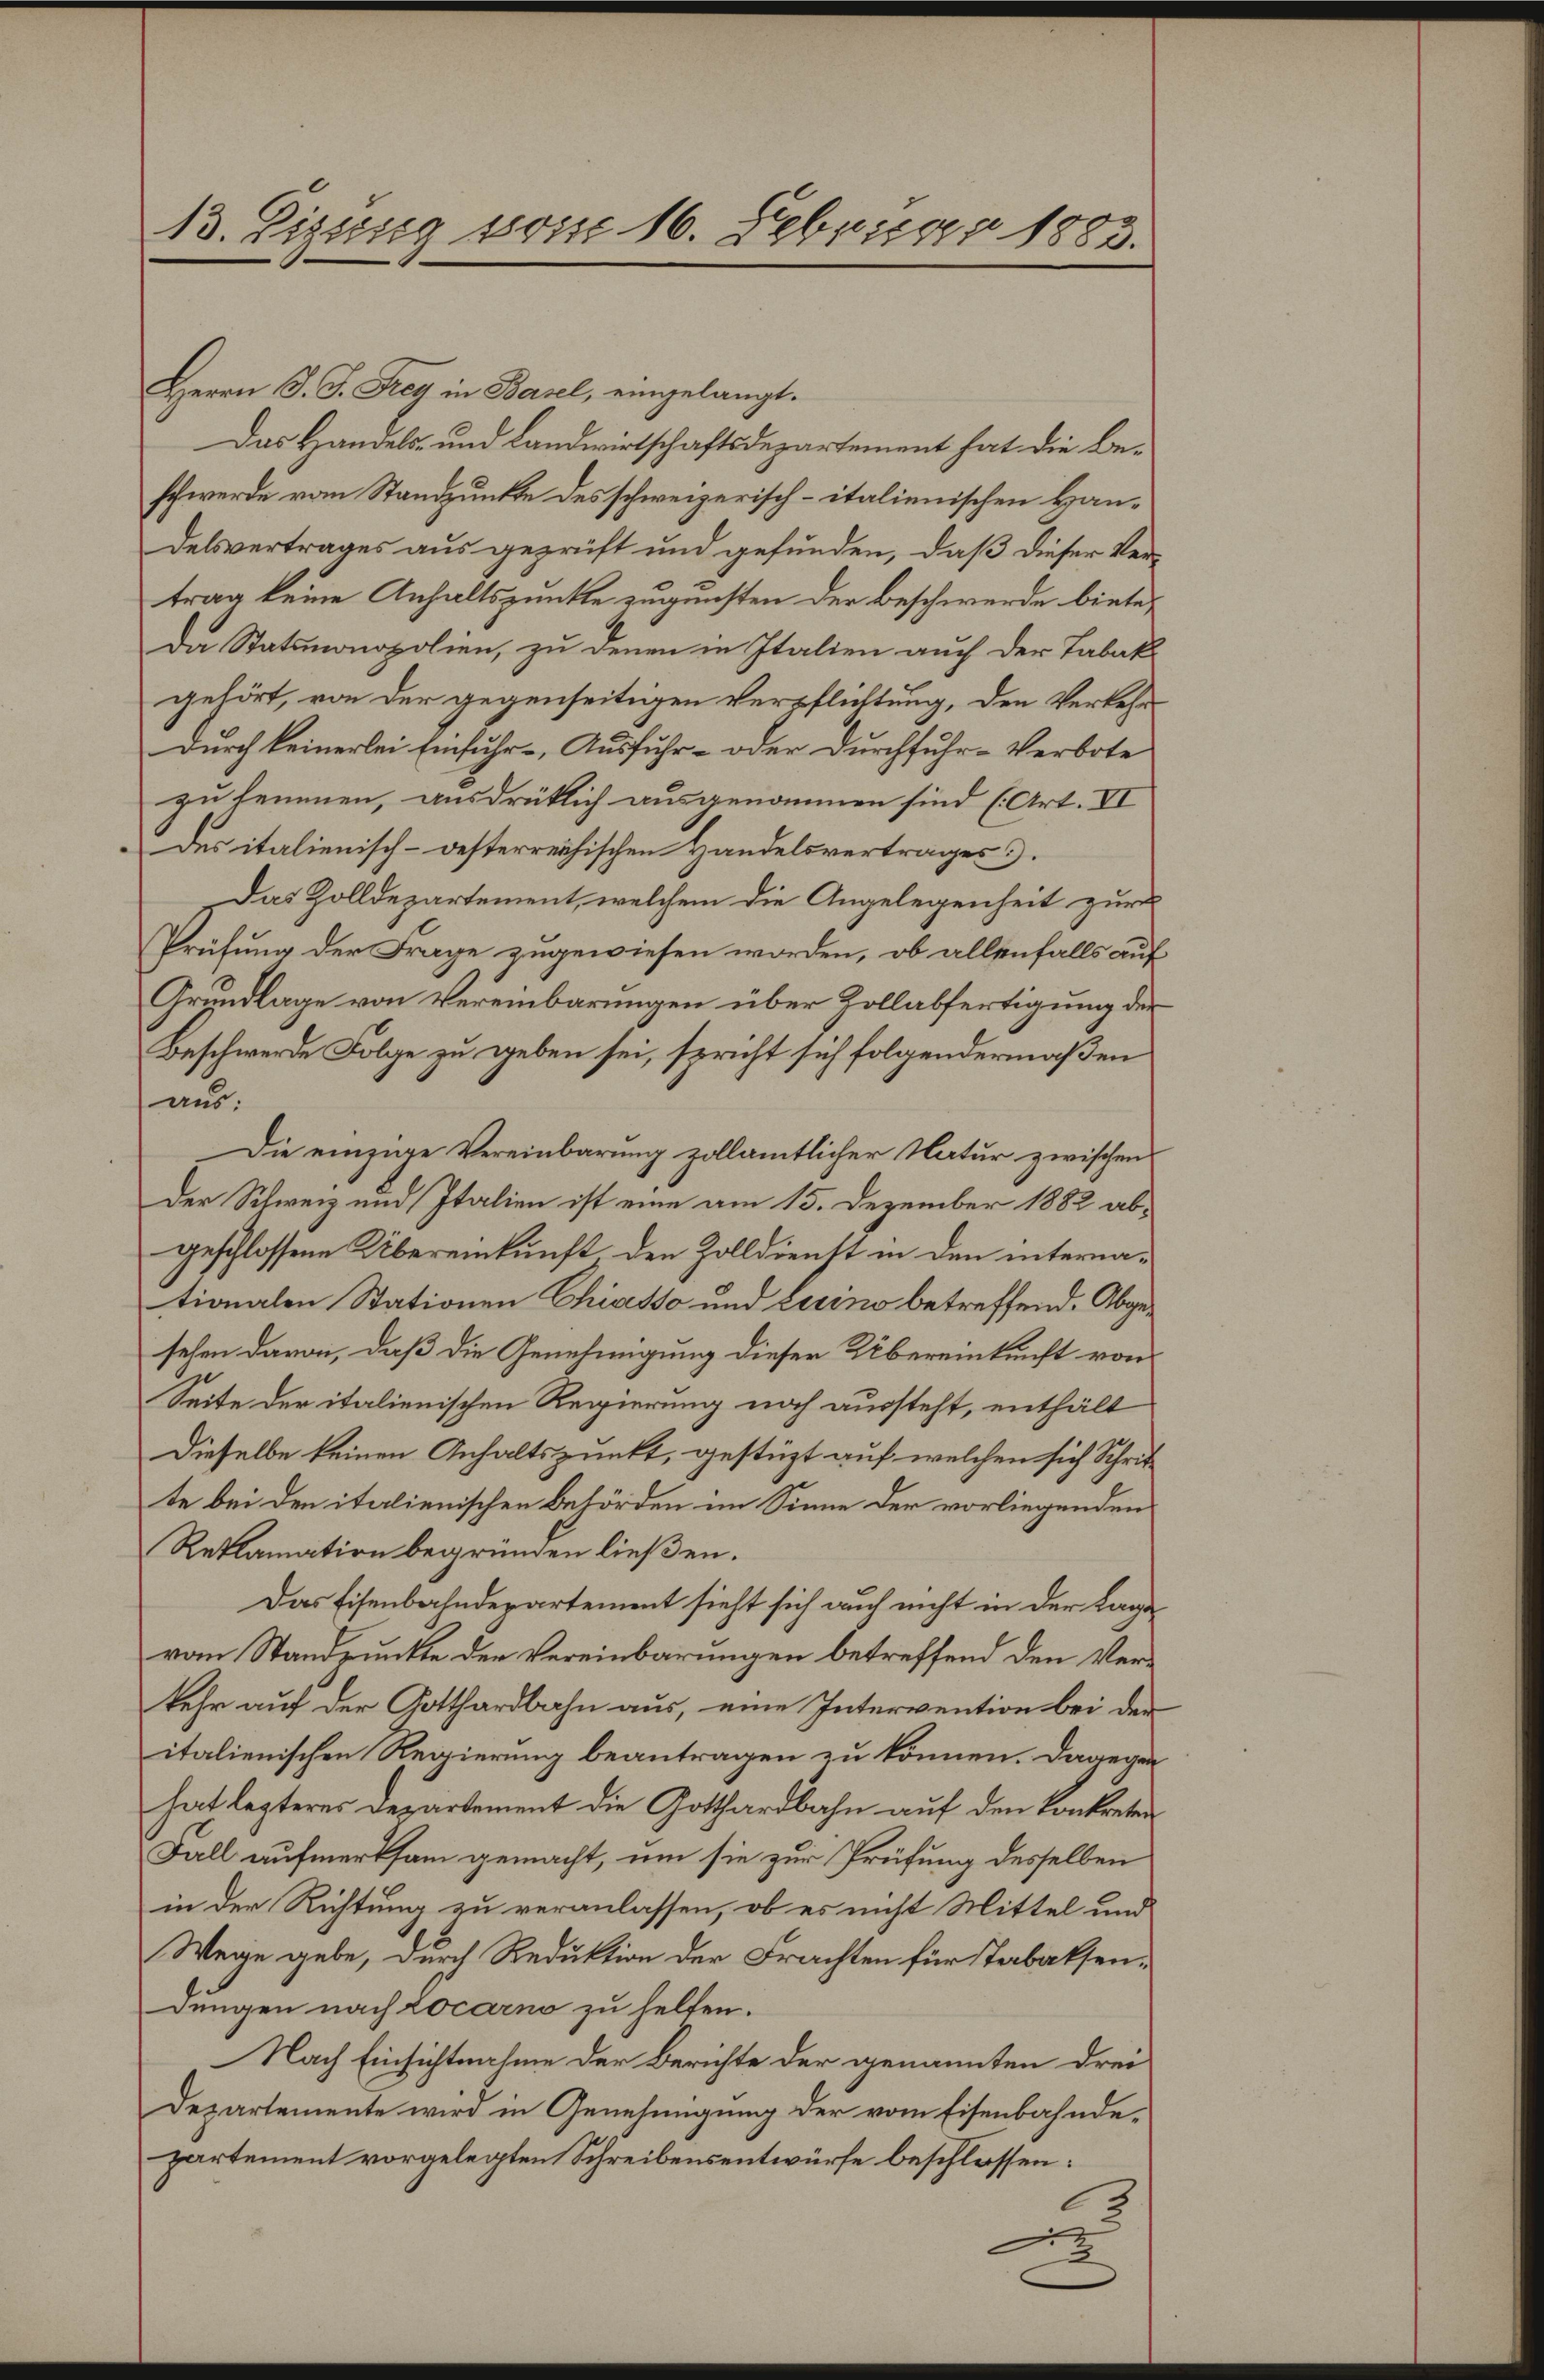
B. Pizsssig vom 16. Febriger 1883.

Herrn P. J. Frey in Basel, eingelangt.
Das Handels- und Landwirtschaftsdepartement hat die Beschwerde vom Standpunkte des schweizerisch-italienischen Handelsvertrages aus geprüft und gefunden, daß dieser Ver-
trag keine Anhaltspunkte zugunsten der Beschwerde biete,
Da Statsmonopolien, zu denen in Italien auch der Tabakgehört, von der gegenseitigen Verpflichtung, den Verkehr¬
Durch keinerlei Einfuhr-Ausfuhr- oder Durchfuhr-Verbote
zu hemmen, ausdrüklich ausgenommen sind (Art. VI
Des italienisch-oesterreichischen Handelsvertrages .
Das Zolldepartement, welchem die Angelegenheit zur
Prüfung der Frage zugewiesen worden, ob allenfalls auf
Grundlage von Vereinbarungen über Zollabfertigung der
Beschwerde Folge zu geben sei, spricht sich folgendermaßen
aus:
Die einzige Vereinbarung zollamtlicher Natur zwischen
Der Schweiz und Italien ist eine am 15. Dezember 1882 abgeschlossene Übereinkunft den Zolldienst in den internationalen Stationen Chiasso und Luino betreffend. Abgesehen davon, daß die Genehmigung dieser Übereinkunft von
Seite der italienischen Regierung noch aussteht, enthält
Dieselbe keinen Anhaltspunkt, gestüzt auf welchen sich Schritte bei den italienischen Behörden im Sinne der vorliegenden
Reklamation begründen ließen.
Das Eisenbahndepartement sieht sich auch nicht in der Lage
vom Standpunkte der Vereinbarungen betreffend den Verkehr auf der Gotthardbahn aus, eine Intervention bei der
italienischen Regierung beantragen zu können. Dagegen
hat legteres Departement die Gotthardbahn auf den konkreten
Fall aufmerksam gemacht, um sie zur Prüfung desselben
in der Richtung zu veranlassen, ob es nicht Mittel und
Wege gebe, durch Reduktion der Frachten für Tabaksendungen nach Locarno zu helfen.
Nach Einsichtnahme der Berichte der genannten drei
Departemente wird in Genehmigung der vom Eisenbahndepartement vorgelegten Schreibensentwürfe beschlossen:
C
22